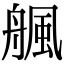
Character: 䑺